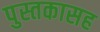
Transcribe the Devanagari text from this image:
पुस्तकासह